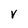
Character: v